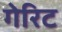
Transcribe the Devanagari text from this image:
गेरिट